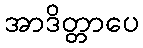
အာဒိတ္တာပေ